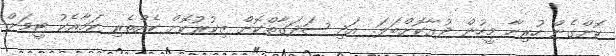
ކޮށްގެން ހުރިހާ މީހުން ދުޢާކޮށްބަލަ. އަދި ޞަދަގާތްކޮށް ޒިކުރުކޮށް ކެއްތެރި ކަމާއެކު ޓީމަށް